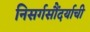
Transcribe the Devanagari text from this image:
निसर्गसौंदर्याची